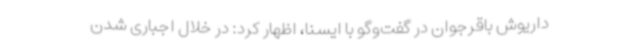
داریوش باقرجوان در گفت‌وگو با ایسنا، اظهار کرد: در خلال اجباری شدن